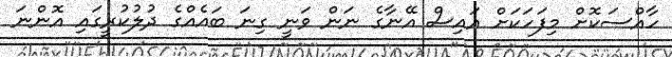
ހާއްސަކޮށް މިފަހަކަށް އައިސް އޭނާގެ ނަން ވަނީ ގިނަ ބައެއްގެ ދުލުކުރީގައި އޮންނަ